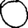
Digit: 0